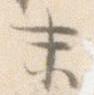
末